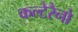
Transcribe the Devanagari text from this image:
कल्टेरैनो